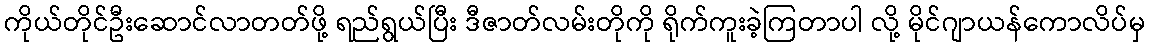
ကိုယ်တိုင်ဦးဆောင်လာတတ်ဖို့ ရည်ရွယ်ပြီး ဒီဇာတ်လမ်းတိုကို ရိုက်ကူးခဲ့ကြတာပါ လို့ မိုင်ဂျာယန်ကောလိပ်မှ